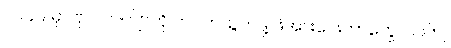
၁၉၄၉ မှာ ဗိုလ်လက်ျာကို တပ်ကထွက်ဖို့ ဖိအားပေးတာတွေ၊ ၁၉၆၂